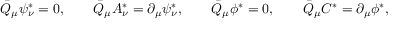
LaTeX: \bar { Q } _ { \mu } \psi _ { \nu } ^ { * } = 0 , \qquad \bar { Q } _ { \mu } A _ { \nu } ^ { * } = \partial _ { \mu } \psi _ { \nu } ^ { * } , \qquad \bar { Q } _ { \mu } \phi ^ { * } = 0 , \qquad \bar { Q } _ { \mu } C ^ { * } = \partial _ { \mu } \phi ^ { * } ,